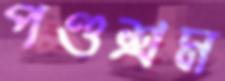
পণ্ডশ্রম